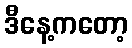
ဒီနေ့ကတော့